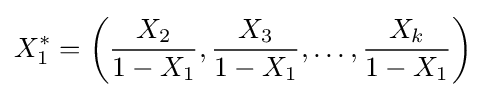
X_{1}^{*}=\left({\frac {X_{2}}{1-X_{1}}},{\frac {X_{3}}{1-X_{1}}},\ldots ,{\frac {X_{k}}{1-X_{1}}}\right)